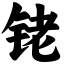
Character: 铑